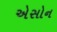
એસોન